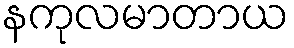
နကုလမာတာယ